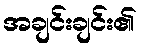
အချင်းချင်း၏